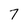
Character: 7